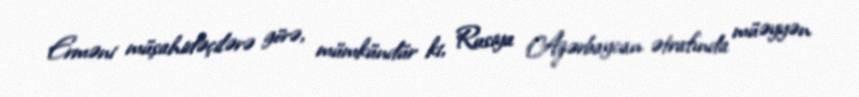
Erməni müşahidəçilərə görə, mümkündür ki, Rusiya Azərbaycan ətrafında müəyyən